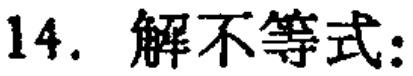
14. 解不等式: